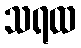
သရထ